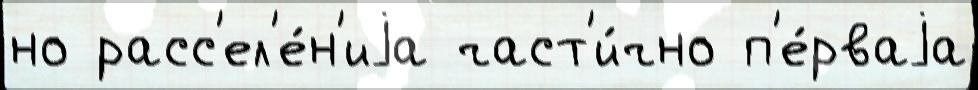
но расс'ел'е́н'иjа част'и́чно п'е́рваjа